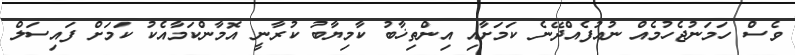
ވެސް ހަމަނުޖެހުމެއް ނުއުފެއްދޭނެ ކަމަށާއި އިންތިޚާބު ކާމިޔާބު ކުރާނީ އޮމާންކަމާއެކު ކަމަށް ފައިސަލް